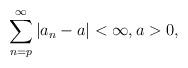
LaTeX: \begin{align*}\sum_{n=p}^{\infty}|a_{n}-a|<\infty,a>0,\end{align*}